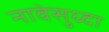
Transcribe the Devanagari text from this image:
नावेसुध्दा